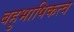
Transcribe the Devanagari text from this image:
बहुभाषिकत्व